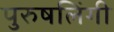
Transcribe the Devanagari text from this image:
पुरुषलिंगी